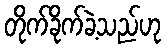
တိုက်ခိုက်ခဲ့သည်ဟု